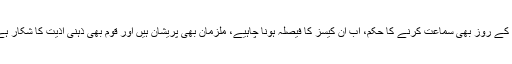
احتساب عدالت کو ہفتے کے روز بھی سماعت کرنے کا حکم، اب ان کیسز کا فیصلہ ہونا چاہیے، ملزمان بھی پریشان ہیں اور قوم بھی ذہنی اذیت کا شکار ہے، چیف جسٹس پاکستان